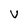
Character: V